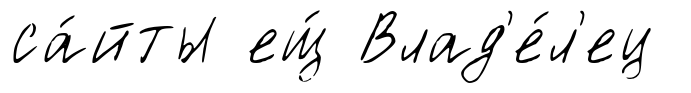
са́йты ещ́ Влад'е́л'ец